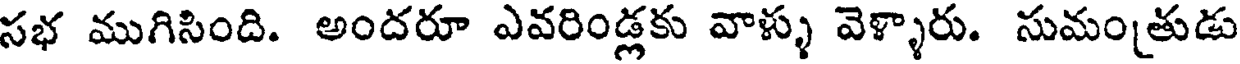
సభ ముగిసింది. అందరూ ఎవరిండ్లకు వాళ్ళు వెళ్ళారు. సుమంతుడు